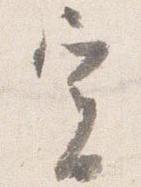
実